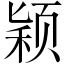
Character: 颖